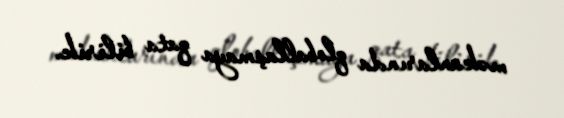
məkanlarında qloballaşmaya qata bilirik.